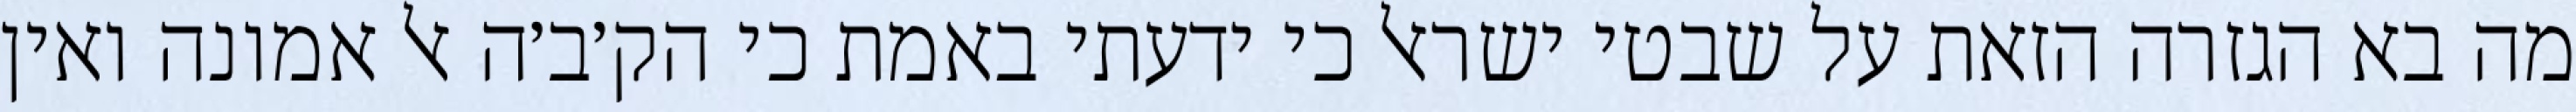
מה בא הגזרה הזאת על שבטי ישראל כי ידעתי באמת כי הק׳ב׳ה אל אמונה ואין